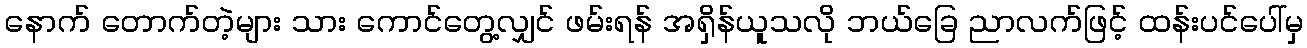
နောက် တောက်တဲ့များ သား ကောင်တွေ့လျှင် ဖမ်းရန် အရှိန်ယူသလို ဘယ်ခြေ ညာလက်ဖြင့် ထန်းပင်ပေါ်မှ